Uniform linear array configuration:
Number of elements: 8
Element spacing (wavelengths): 0.5
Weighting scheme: binomial
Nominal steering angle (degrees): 15
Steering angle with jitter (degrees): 13.664
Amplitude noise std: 0.05
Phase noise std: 0.05

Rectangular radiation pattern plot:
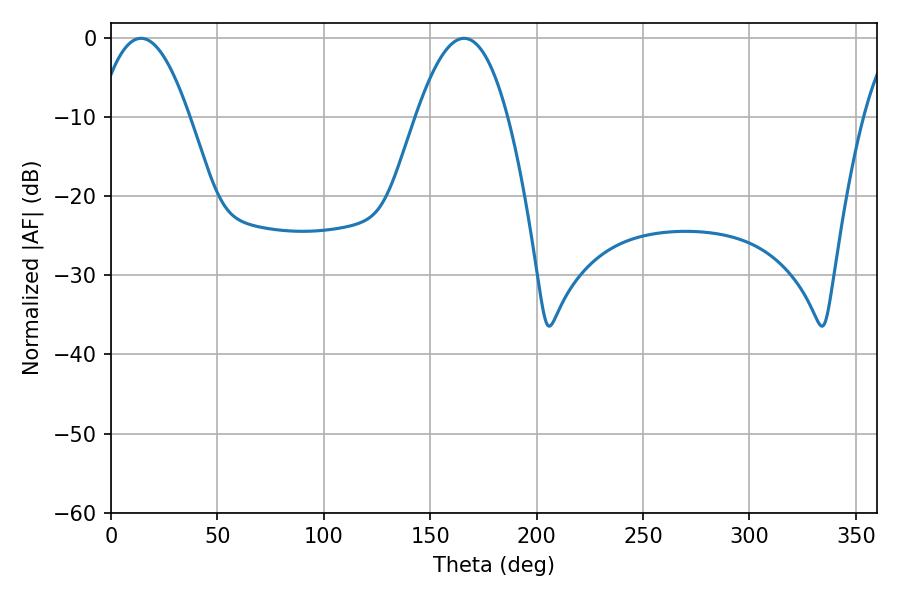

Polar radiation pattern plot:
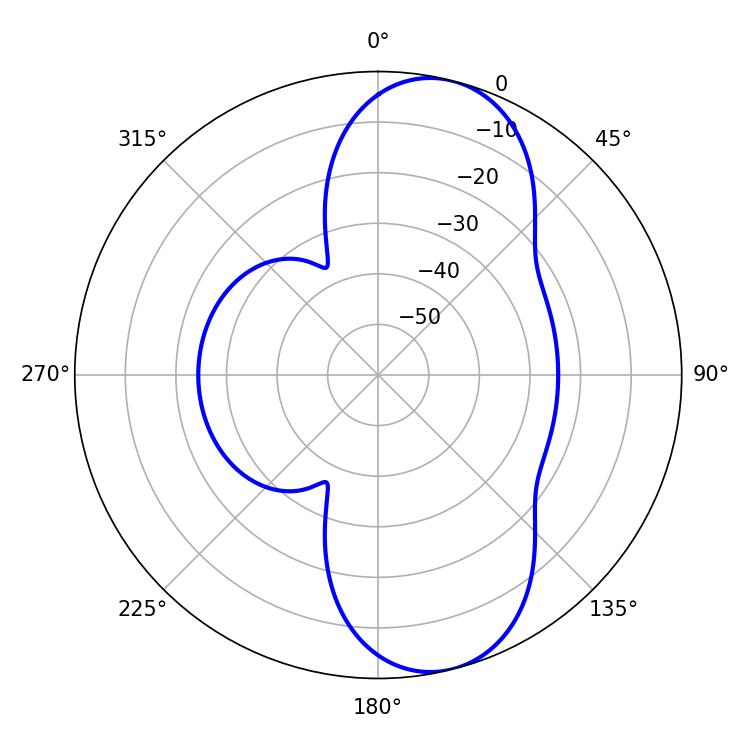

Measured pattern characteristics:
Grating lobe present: FALSE
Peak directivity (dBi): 9.456
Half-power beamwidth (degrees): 23.58
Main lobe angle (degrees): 14.04